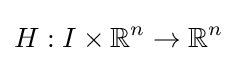
H:I\times \mathbb {R} ^{n}\to \mathbb {R} ^{n}